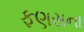
ફણસના